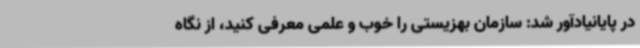
در پایانیادآور شد: سازمان بهزیستی را خوب و علمی معرفی کنید، از نگاه